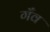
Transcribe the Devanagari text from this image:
गँव